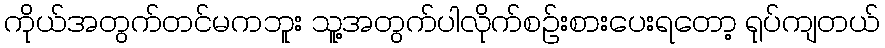
ကိုယ်အတွက်တင်မကဘူး သူ့အတွက်ပါလိုက်စဉ်းစားပေးရတော့ ရုပ်ကျတယ်